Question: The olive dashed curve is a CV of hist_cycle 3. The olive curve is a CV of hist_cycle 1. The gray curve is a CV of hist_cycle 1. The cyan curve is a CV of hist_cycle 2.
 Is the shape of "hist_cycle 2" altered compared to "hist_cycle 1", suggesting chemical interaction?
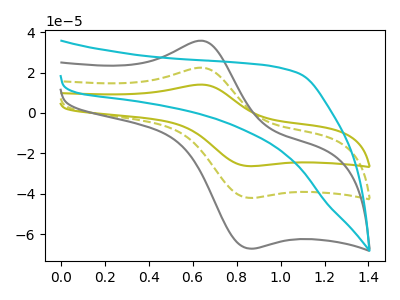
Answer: <think>The olive dashed curve "hist_cycle 3" has an anodic peak at (0.65V, 22.40uA) and a cathodic peak at (0.85V, -42.05uA). The olive curve "hist_cycle 1" has an anodic peak at (0.65V, 44.85uA) and a cathodic peak at (0.85V, -84.15uA). The gray curve "hist_cycle 1" has an anodic peak at (0.65V, 35.80uA) and a cathodic peak at (0.85V, -67.15uA). The cyan curve "hist_cycle 2" has no peaks.
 "hist_cycle 2" and "hist_cycle 1" have a different number of peaks.</think>
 <answer>Yes, "hist_cycle 2" and "hist_cycle 1" are different in shape.</answer>
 <eval>yes_change</eval>